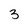
Character: 3